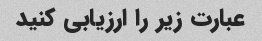
عبارت زیر را ارزیابی کنید